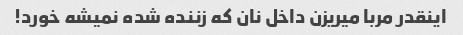
اینقدر مربا میریزن داخل نان که زننده شده نمیشه خورد!